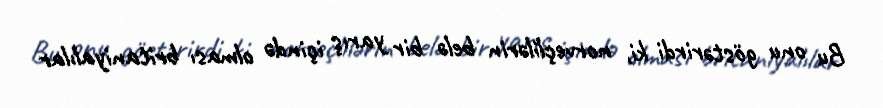
Bu onu göstərirdi ki, norveçlilərin belə bir yarış içində olması britaniyalılar